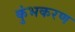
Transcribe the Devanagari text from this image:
कुंभकरण